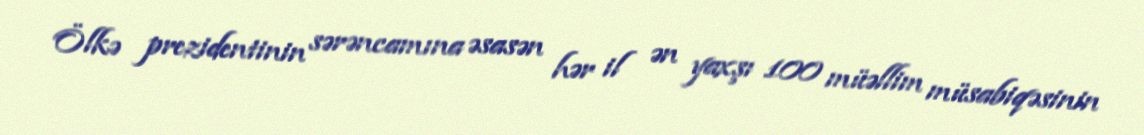
Ölkə prezidentinin sərəncamına əsasən hər il ən yaxşı 100 müəllim müsabiqəsinin